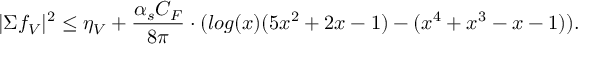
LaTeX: | \Sigma f _ { V } | ^ { 2 } \le \eta _ { V } + \frac { \alpha _ { s } C _ { F } } { 8 \pi } \cdot ( l o g ( x ) ( 5 x ^ { 2 } + 2 x - 1 ) - ( x ^ { 4 } + x ^ { 3 } - x - 1 ) ) .